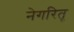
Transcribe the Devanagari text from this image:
नेगरितू